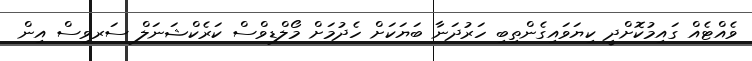
ވެއްޓެއް ގައިމުކޮށްދީ ކިޔަވައިގެންތިބި ހަރުދަނާ ބަޔަކަށް ހެދުމަށް މޯލްޑިވްސް ކަރެކްޝަނަލް ސަރވިސް އިން